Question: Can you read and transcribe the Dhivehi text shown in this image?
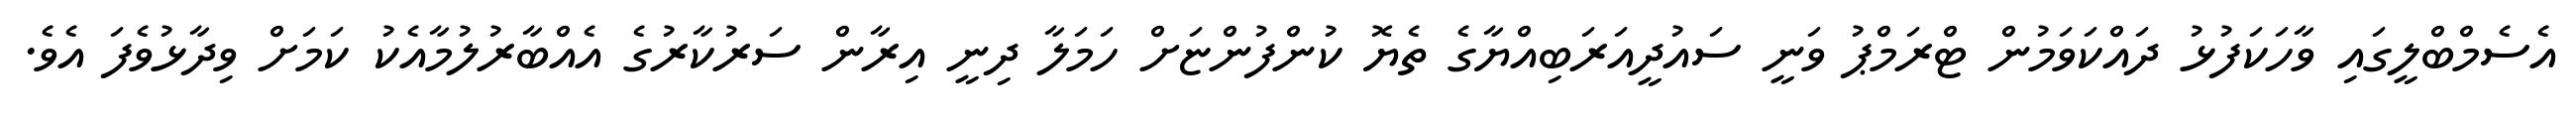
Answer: އެސެމްބްލީގައި ވާހަކަފުޅު ދައްކަވަމުން ޓްރަމްޕު ވަނީ ސައުދީއަރަބިއްޔާގެ ތެޔޮ ކުންފުންޏަށް ހަމަލާ ދިނީ އިރާން ސަރުކާރުގެ އެއްބާރުލުމާއެކު ކަމަށް ވިދާޅުވެފަ އެވެ.